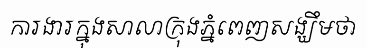
ការងារក្នុងសាលាក្រុងភ្នំពេញសង្ឃឹមថា